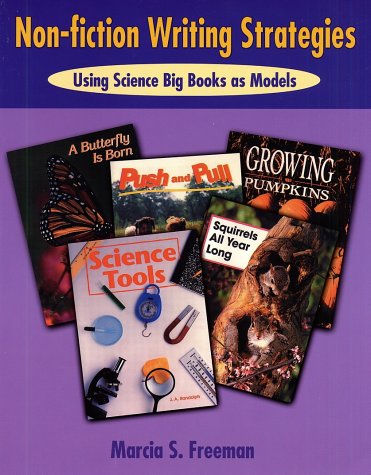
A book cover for Non-Fiction Writing Strategies: Using Science Big Books as Models; Marcia S. Freeman; Science Fiction & Fantasy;